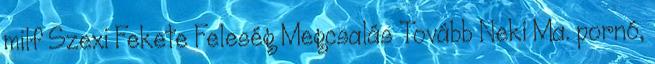
milf Szexi Fekete Feleség Megcsalás Tovább Neki Ma. pornó,